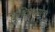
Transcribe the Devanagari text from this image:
मौक्तिकध्यान।